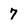
Character: 7